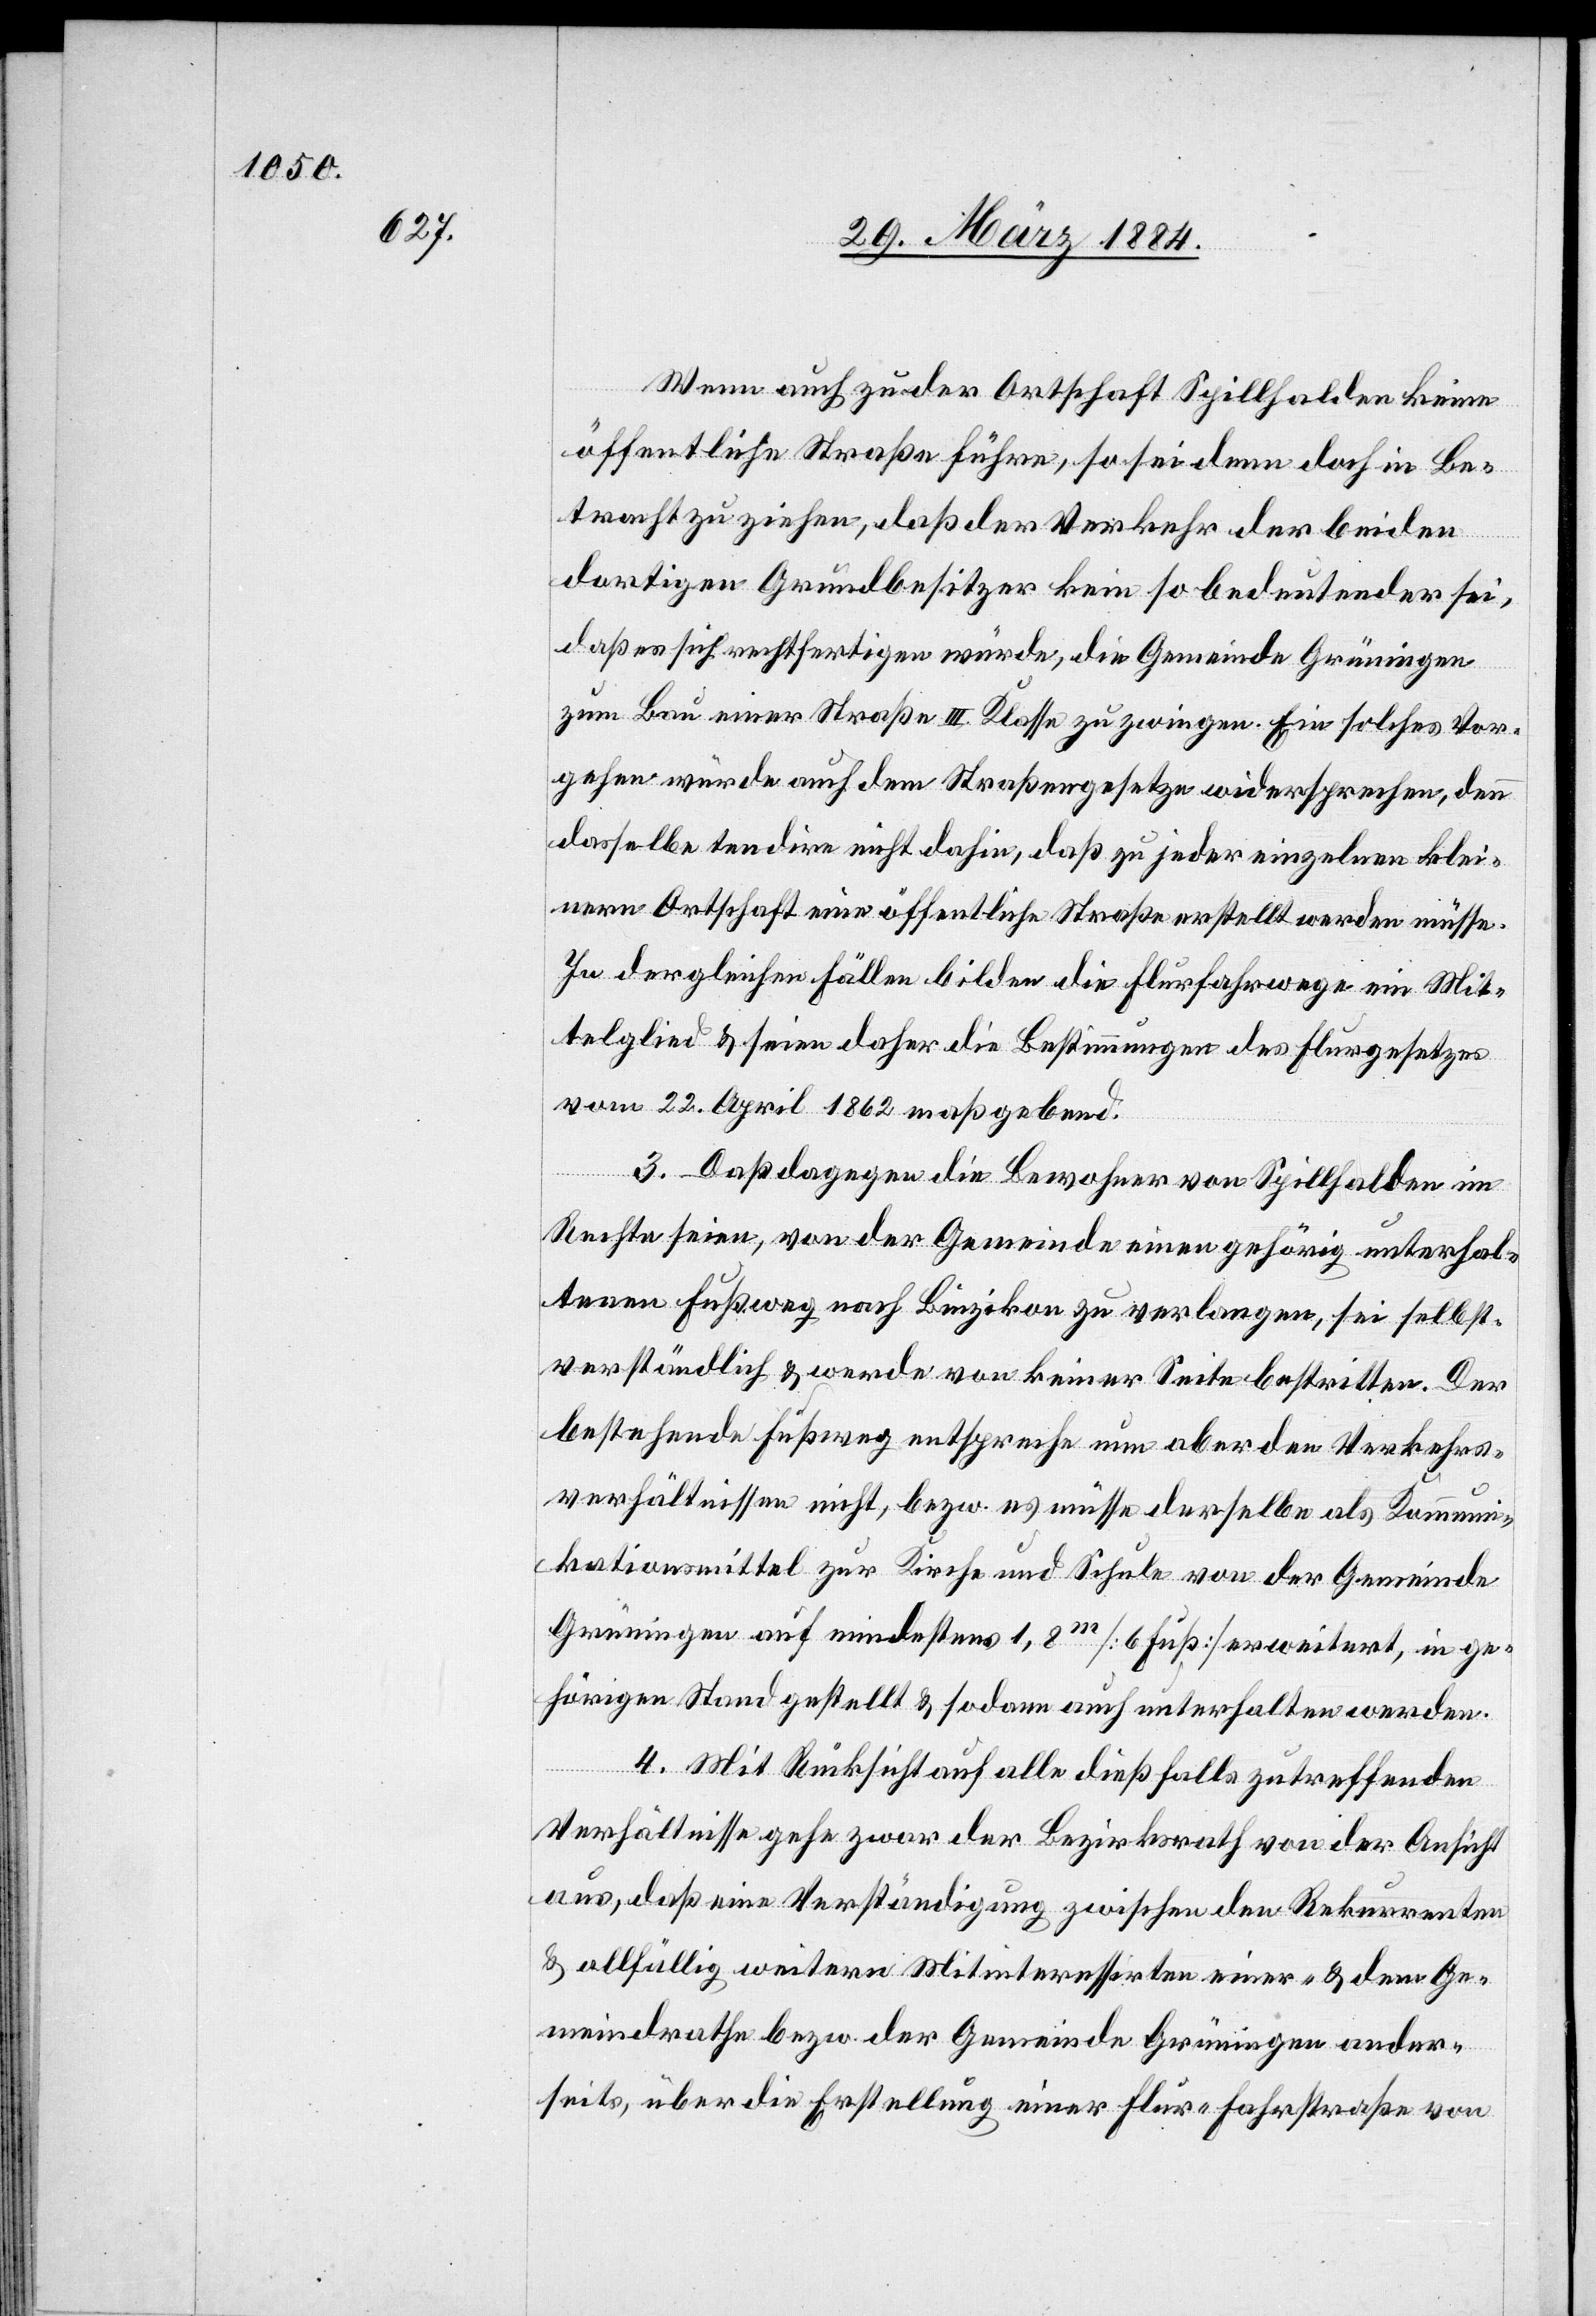
Wenn auch zu der Ortschaft Spillhalden keine
öffentliche Straße führe, so sei denn doch in Be¬
tracht zu ziehen, daß der Verkehr der beiden
rden.
dortigen Grundbesitzer kein so bedeutender sei,
daß es sich rechtfertigen würde, die Gemeinde Grüningen
zum Bau einer Straße III. Klasse zu zwingen. Ein solches Vor¬
gehen würde auch dem Straßengesetze widersprechen, denn
dasselbe tendire nicht dahin, daß zu jeder einzelnen klei¬
nern Ortschaft eine öffentliche Straße erstellt werden müsse.
In dergleichen Fällen bilden die Flurfahrwege ein Mit¬
telglied & seien daher die Bestimmungen des Flurgesetzes
vom 22. April 1862 maßgebend.
3. Daß dagegen die Bewohner von Spillhalden im
Rechte seien, von der Gemeinde einen gehörig unterhal¬
tenen Fußweg nach Binzikon zu verlangen, sei selbst¬
verständlich & werde von keiner Seite bestritten. Der
bestehende Fußweg entspreche nun aber den Verkehrs¬
verhältnissen nicht, bzw. es müsse derselbe als Kommun¬
ikationsmittel zur Kirche und Schule von der Gemeinde
Grüningen auf mindestens 1,8m [6 Fuß] erweitert we¬
4. Mit Rücksicht auf alle dießfalls zutreffenden
Verhältnisse gehe zwar der Bezirksrath von der Ansicht
aus, daß eine Verständigung zwischen den Rekurrenten
& allfällig weitern Mitinteressirten einer- & dem Ge¬
meindrathe bzw. der Gemeinde Grüningen ander¬
seits, über die Erstellung einer Flur-Fahrtstraße von